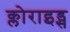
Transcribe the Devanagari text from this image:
क्लोराइड्स